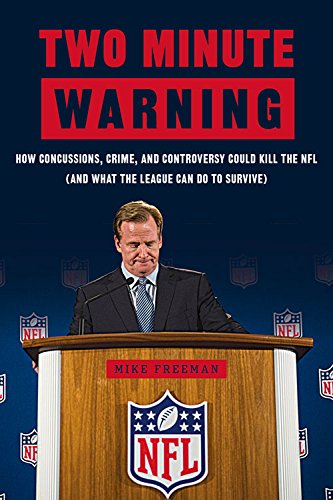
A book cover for Two Minute Warning: How Concussions, Crime, and Controversy Could Kill the NFL (And What the League Can Do to Survive); Michael Freeman; Sports & Outdoors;